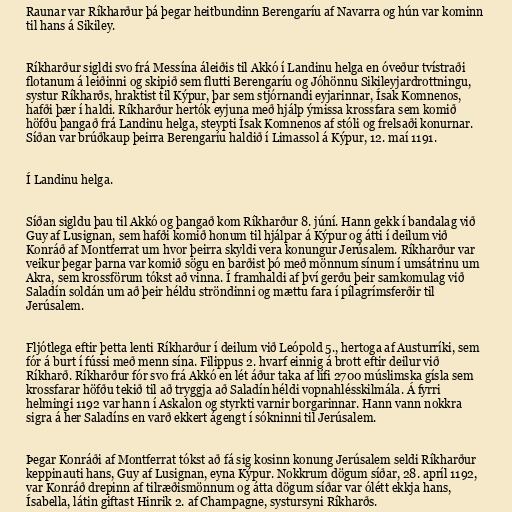
Raunar var Ríkharður þá þegar heitbundinn Berengaríu af Navarra og hún var kominn
til hans á Sikiley.

Ríkharður sigldi svo frá Messína áleiðis til Akkó í Landinu helga en óveður tvístraði
flotanum á leiðinni og skipið sem flutti Berengaríu og Jóhönnu Sikileyjardrottningu,
systur Ríkharðs, hraktist til Kýpur, þar sem stjórnandi eyjarinnar, Ísak Komnenos,
hafði þær í haldi. Ríkharður hertók eyjuna með hjálp ýmissa krossfara sem komið
höfðu þangað frá Landinu helga, steypti Ísak Komnenos af stóli og frelsaði konurnar.
Síðan var brúðkaup þeirra Berengaríu haldið í Limassol á Kýpur, 12. maí 1191.

Í Landinu helga.

Síðan sigldu þau til Akkó og þangað kom Ríkharður 8. júní. Hann gekk í bandalag við
Guy af Lusignan, sem hafði komið honum til hjálpar á Kýpur og átti í deilum við
Konráð af Montferrat um hvor þeirra skyldi vera konungur Jerúsalem. Ríkharður var
veikur þegar þarna var komið sögu en barðist þó með mönnum sínum í umsátrinu um
Akra, sem krossförum tókst að vinna. Í framhaldi af því gerðu þeir samkomulag við
Saladín soldán um að þeir héldu ströndinni og mættu fara í pílagrímsferðir til
Jerúsalem.

Fljótlega eftir þetta lenti Ríkharður í deilum við Leópold 5., hertoga af Austurríki, sem
fór á burt í fússi með menn sína. Filippus 2. hvarf einnig á brott eftir deilur við
Ríkharð. Ríkharður fór svo frá Akkó en lét áður taka af lífi 2700 múslimska gísla sem
krossfarar höfðu tekið til að tryggja að Saladín héldi vopnahlésskilmála. Á fyrri
helmingi 1192 var hann í Askalon og styrkti varnir borgarinnar. Hann vann nokkra
sigra á her Saladíns en varð ekkert ágengt í sókninni til Jerúsalem.

Þegar Konráði af Montferrat tókst að fá sig kosinn konung Jerúsalem seldi Ríkharður
keppinauti hans, Guy af Lusignan, eyna Kýpur. Nokkrum dögum síðar, 28. apríl 1192,
var Konráð drepinn af tilræðismönnum og átta dögum síðar var ólétt ekkja hans,
Ísabella, látin giftast Hinrik 2. af Champagne, systursyni Ríkharðs.